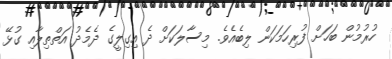
ހުރުމުން ބަހަށް ފުރިހަމަކަން ލިބެއެވެ. މިސާލަކަށް ދެ އިގިލީގެ ދެމެދު އަތްތިލާއި ގުޅޭ